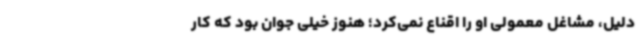
دلیل، مشاغل معمولی او را اقناع نمی‌کرد؛ هنوز خیلی جوان بود که کار